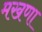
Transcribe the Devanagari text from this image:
मखणा